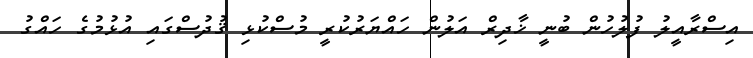
އިސްރާއީލު ފުލުހުން ބުނީ ޚާދިރް އަލުން ހައްޔަރުކުރީ މުސްކުޅި ޤުދުސްގައި އުޅުމުގެ ހައްގު